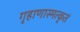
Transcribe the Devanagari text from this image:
गृहाणास्मत्कृतं